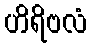
ဟိရိဗလံ